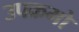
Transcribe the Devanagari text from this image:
उपक्रमो